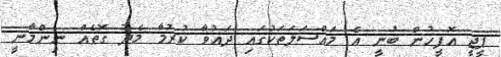
ޕީޖީ އޮފީހުން ބުނީ އެ މައްސަލަތަކުގައި ދައުވާ ކުރުމާ މެދު ގޮތެއް ނިންމާނީ